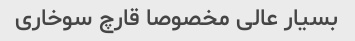
بسیار عالى مخصوصا قارچ سوخارى